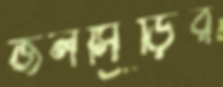
জলসিঁড়ির